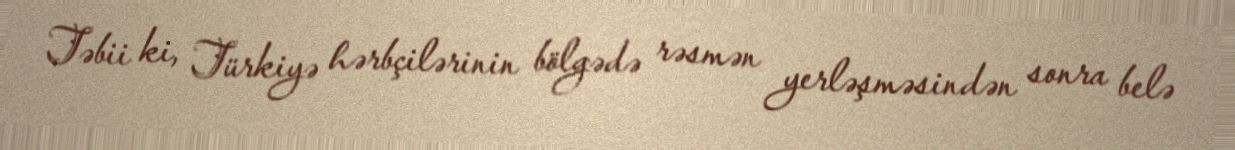
Təbii ki, Türkiyə hərbçilərinin bölgədə rəsmən yerləşməsindən sonra belə